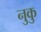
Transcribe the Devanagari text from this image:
नुकु